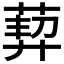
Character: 𦳴